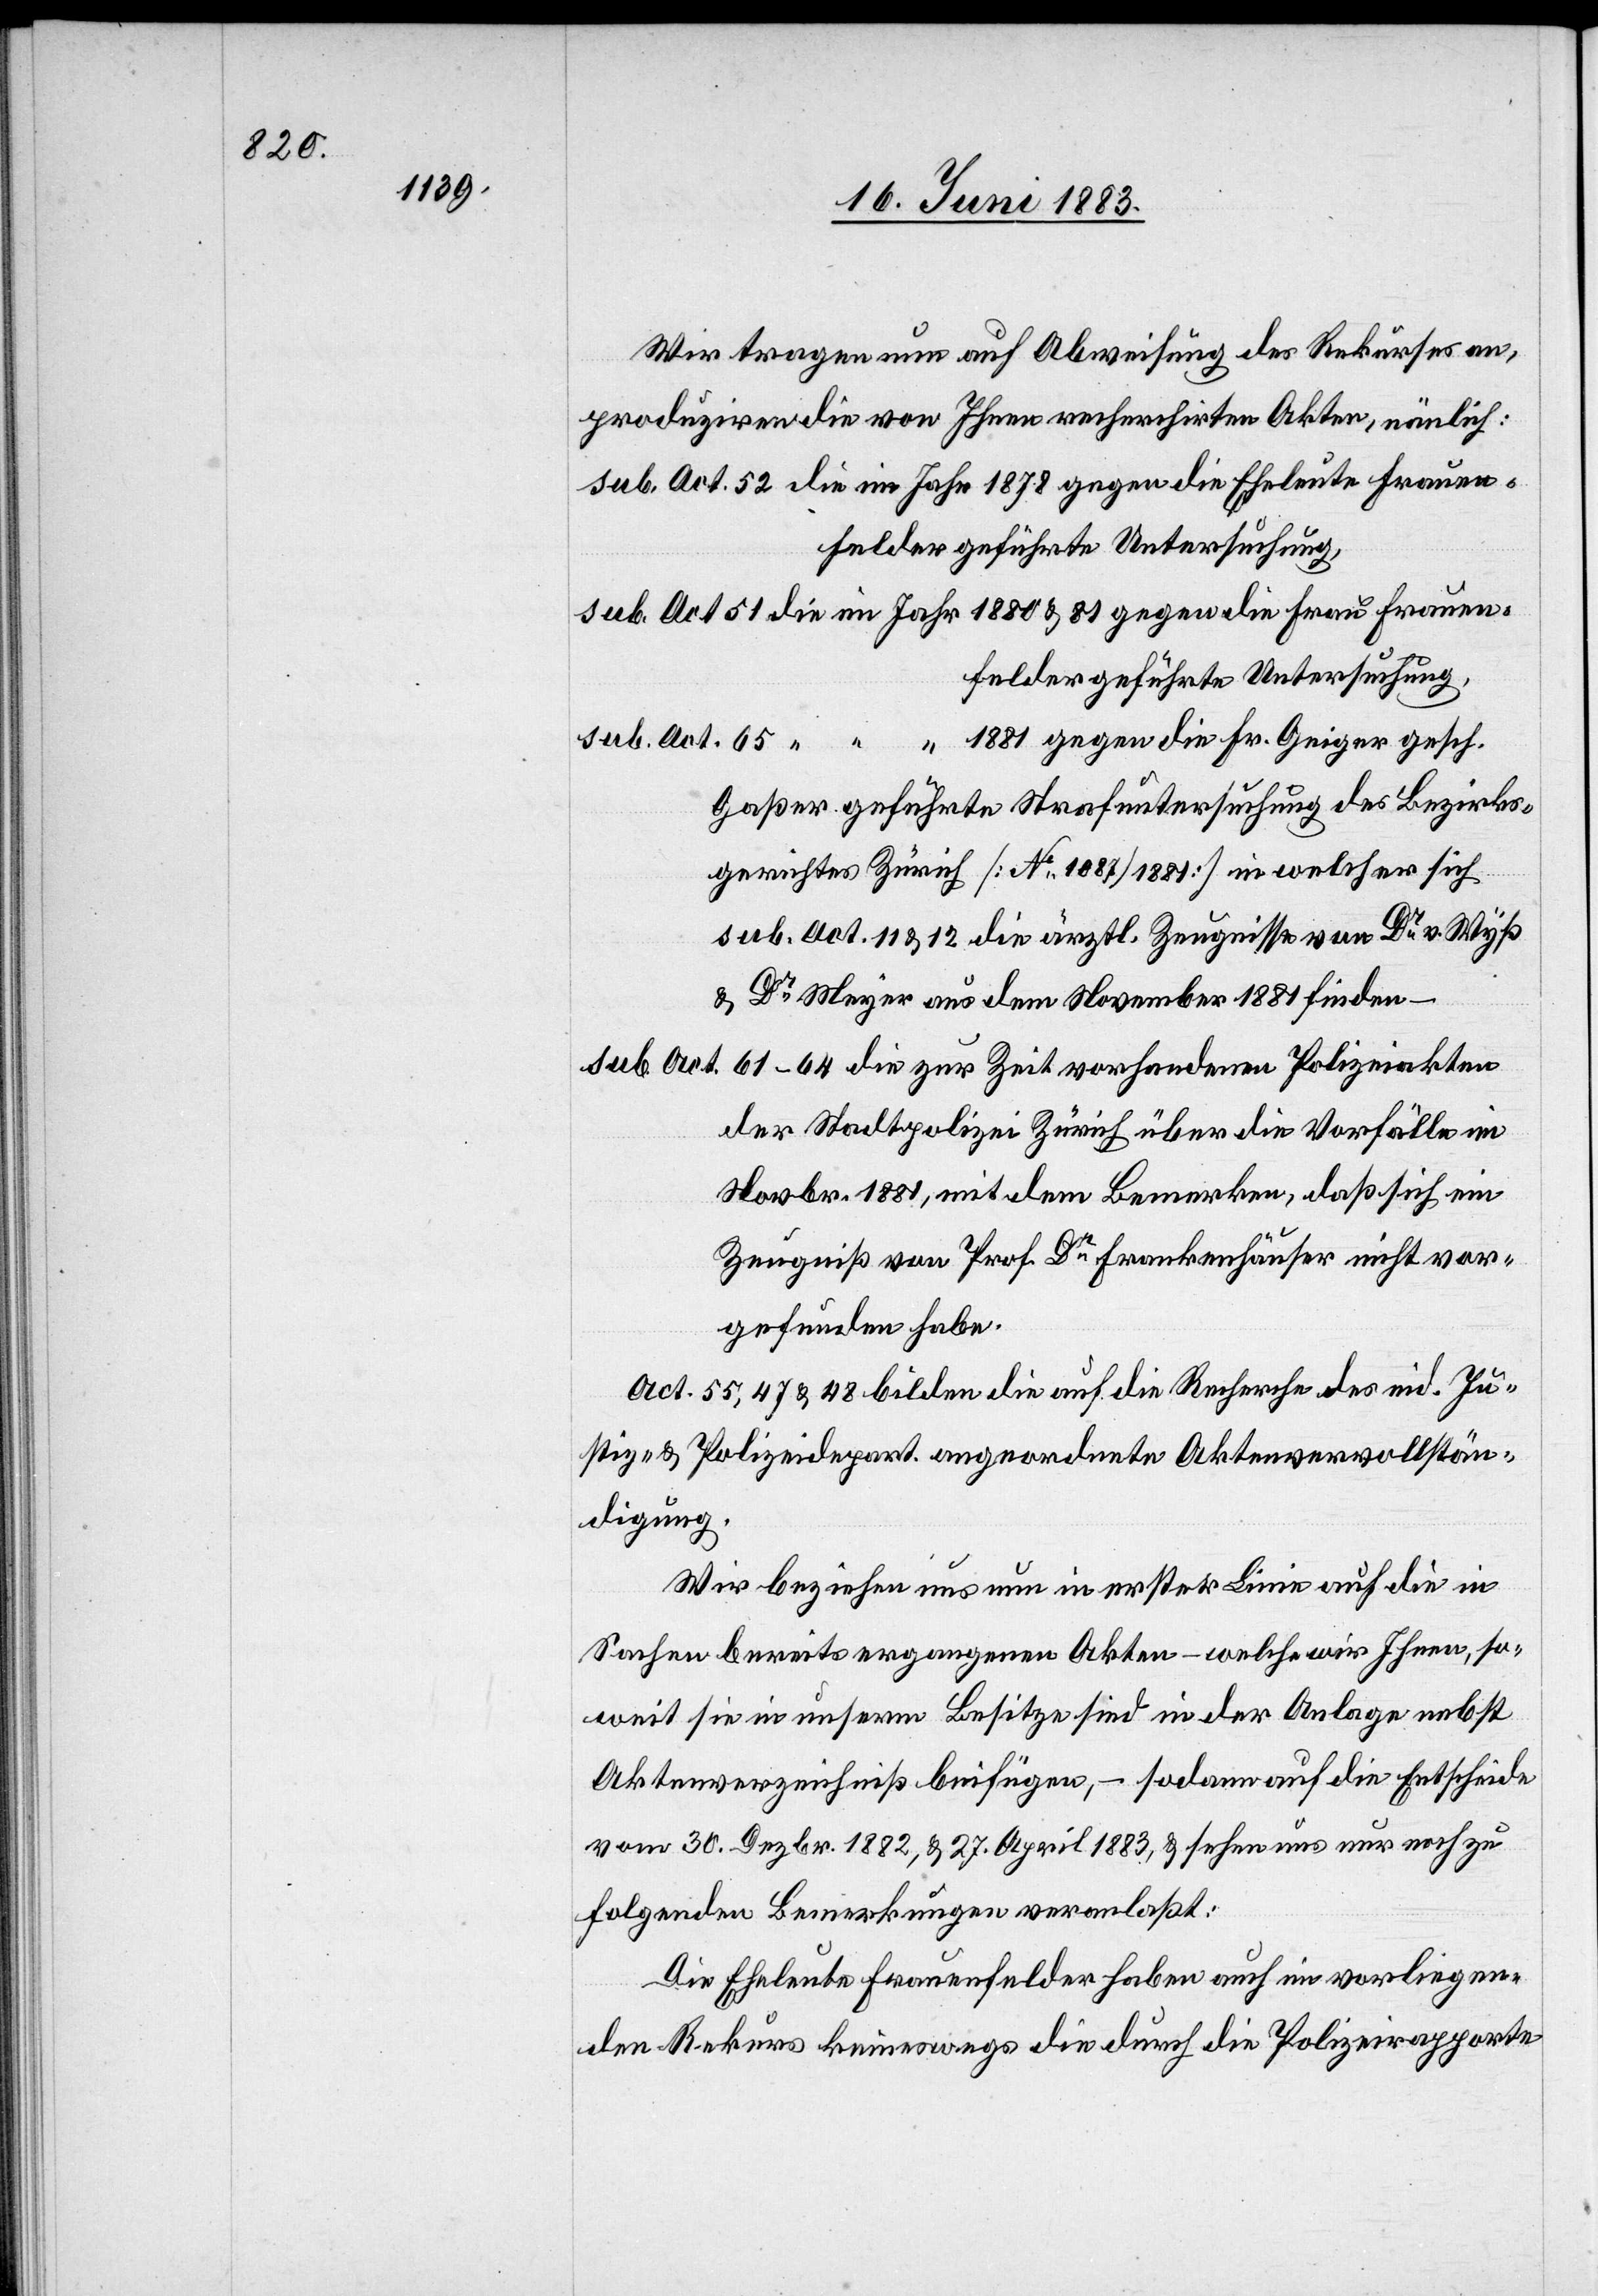
Wir tragen nun auf Abweisung des Rekurses an,
produziren die von Ihnen recherchirten Akten, nämlich:
sub. Art. 52 die im Jahr 1878 gegen die Eheleute Frauen¬
felder geführte Untersuchung,
sub. Art. 51 die im Jahr 1880 & 81 gegen die Frau Frauen¬
sub. Art. 65 “ “ “ 1881 gegen die Fr. Geiger gesch.
Gaßer geführte Strafuntersuchung des Bezirks¬
gerichtes Zürich [No 1087/1881] in welcher sich
sub Act. 11 & 12 die ärztl. Zeugnisse von Dr v. Wyß
& Dr Meyer aus dem November 1881 finden –
sub. Art.
61–64 die zur Zeit vorhandenen Polizeiakten
der Stadtpolizei Zürich über die Vorfälle im
Novbr. 1881, mit dem Bemerken, daß sich ein
Zeugniß von Prof. Dr Frankenhäuser nicht vor¬
gefunden habe.
Act. 55, 47 & 48 bilden die auf die Recherche des eid. Ju¬
stiz- & Polizeidep. angeordnete Aktenvervollstän¬
digung.
Wir beziehen uns nun in erster Linie auf die in
Sachen bereits ergangenen Akten – welche wir Ihnen, so¬
weit sie in unserm Besitze sind in der Anlage nebst
Aktenverzeichniß beifügen, – sodann auf die Entscheide
vom 30. Dezbr. 1882, & 27. April 1883, & sehen uns nur noch zu
folgenden Bemerkungen veranlaßt:
Die Eheleute Frauenfelder haben auch im vorliegen¬
den Rekurs keineswegs die durch die Polizeirapporte